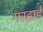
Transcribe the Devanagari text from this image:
गरहार्ड